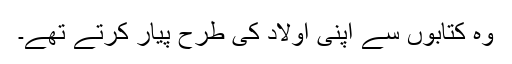
وہ کتابوں سے اپنی اولاد کی طرح پیار کرتے تھے۔